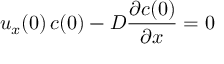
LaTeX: u _ { x } ( 0 ) \, c ( 0 ) - D { \frac { \partial c ( 0 ) } { \partial x } } = 0